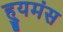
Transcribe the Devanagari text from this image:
ह्युमंस